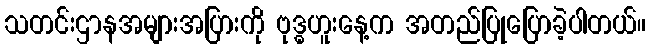
သတင်းဌာနအများအပြားကို ဗုဒ္ဓဟူးနေ့က အတည်ပြုပြောခဲ့ပါတယ်။